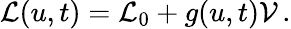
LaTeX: \mathcal{L}(u,t)=\mathcal{L}_{0}+g(u,t)\mathcal{V}\, .